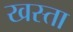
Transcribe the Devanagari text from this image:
खस्‍ता